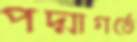
পদ্মাগর্ভে